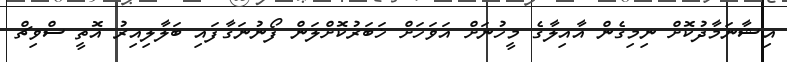
އިޝާނަމާދުކޮށް ނިމިގެން އާއިލާގެ މީހުނަށް އަވަހަށް ޚަބަރުކޮށްލަން ފޯނުނަގާފައި ބަލާލިއިރު އޮތީ ސްވިޗް